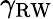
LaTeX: \gamma_{\mathrm{RW}}